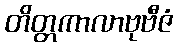
တိတ္တကာလာဗုဗီဇံ